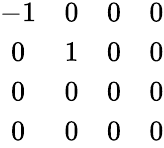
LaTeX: \begin{array}{cccc}{{-1}}&{{0}}&{{0}}&{{0}}\\ {{0}}&{{1}}&{{0}}&{{0}}\\ {{0}}&{{0}}&{{0}}&{{0}}\\ {{0}}&{{0}}&{{0}}&{{0}}\end{array}